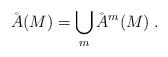
LaTeX: \begin{align*}\AA(M)=\bigcup_m\AA^m(M)\;.\end{align*}